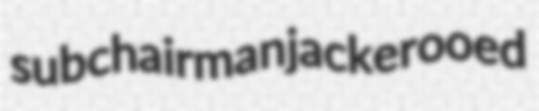
subchairman jackerooed